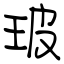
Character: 玻